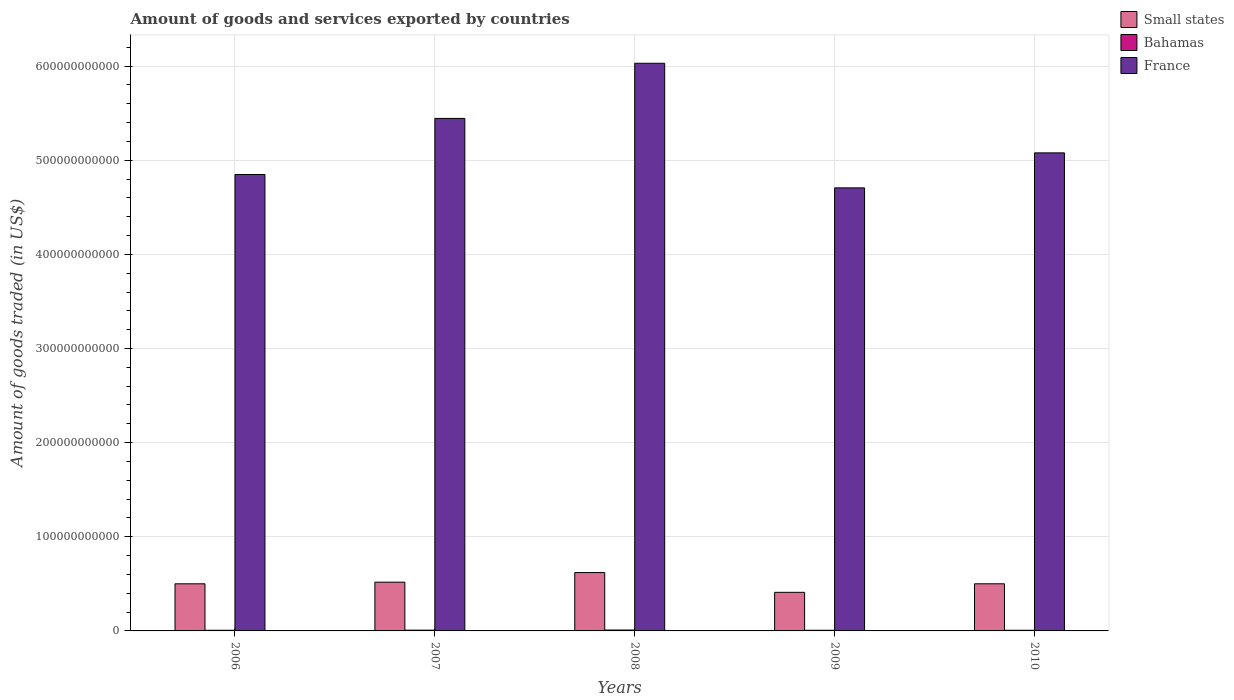
| Years | Small states | Bahamas | France |
 | --- | --- | --- | --- |
 | 2006 | 5.01e+10 | 7.04e+08 | 4.85e+11 |
 | 2007 | 5.18e+10 | 8.02e+08 | 5.44e+11 |
 | 2008 | 6.2e+10 | 9.56e+08 | 6.03e+11 |
 | 2009 | 4.1e+10 | 7.11e+08 | 4.71e+11 |
 | 2010 | 5.01e+10 | 7.02e+08 | 5.08e+11 |